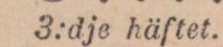
3:dje häftet.